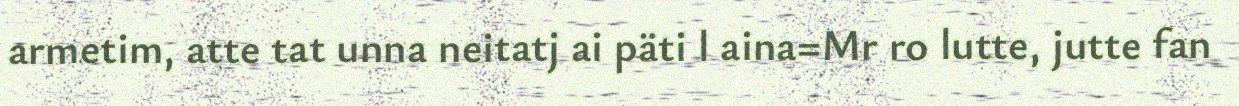
armetim, atte tat unna neitatj ai päti l aina=Mr ro lutte, jutte fan